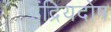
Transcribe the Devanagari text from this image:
इंद्रियदोष